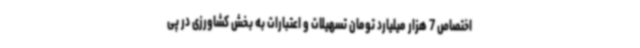
اختصاص 7 هزار میلیارد تومان تسهیلات و اعتبارات به بخش کشاورزی در پی